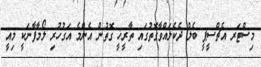
މިސްޓަރ އެޗްސީޕީ ބެލް ދެކެލައްވާގޮތުގައި ތާރީޚީ ގޮތުން އެންމެ އަގުހުރި ލޯމާފާނަކީ މިއީ